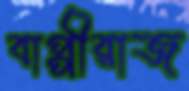
বাপ্পীরাজ